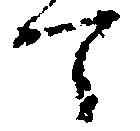
て